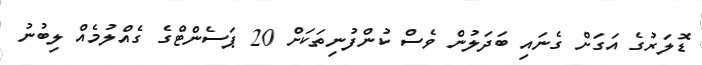
ޑޮލަރުގެ އަގަށް ގެނައި ބަދަލުން ވެސް ކުންފުނިތަކަށް 20 ޕަސެންޓްގެ ގެއްލުމެއް ލިބުނު